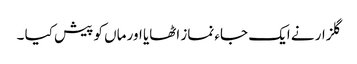
گلزار نے ایک جاء نماز اٹھایا اور ماں کو پیش کیا ۔